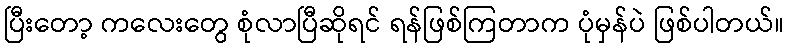
ပြီးတော့ ကလေးတွေ စုံလာပြီဆိုရင် ရန်ဖြစ်ကြတာက ပုံမှန်ပဲ ဖြစ်ပါတယ်။